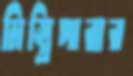
মিস্ত্রিপারার